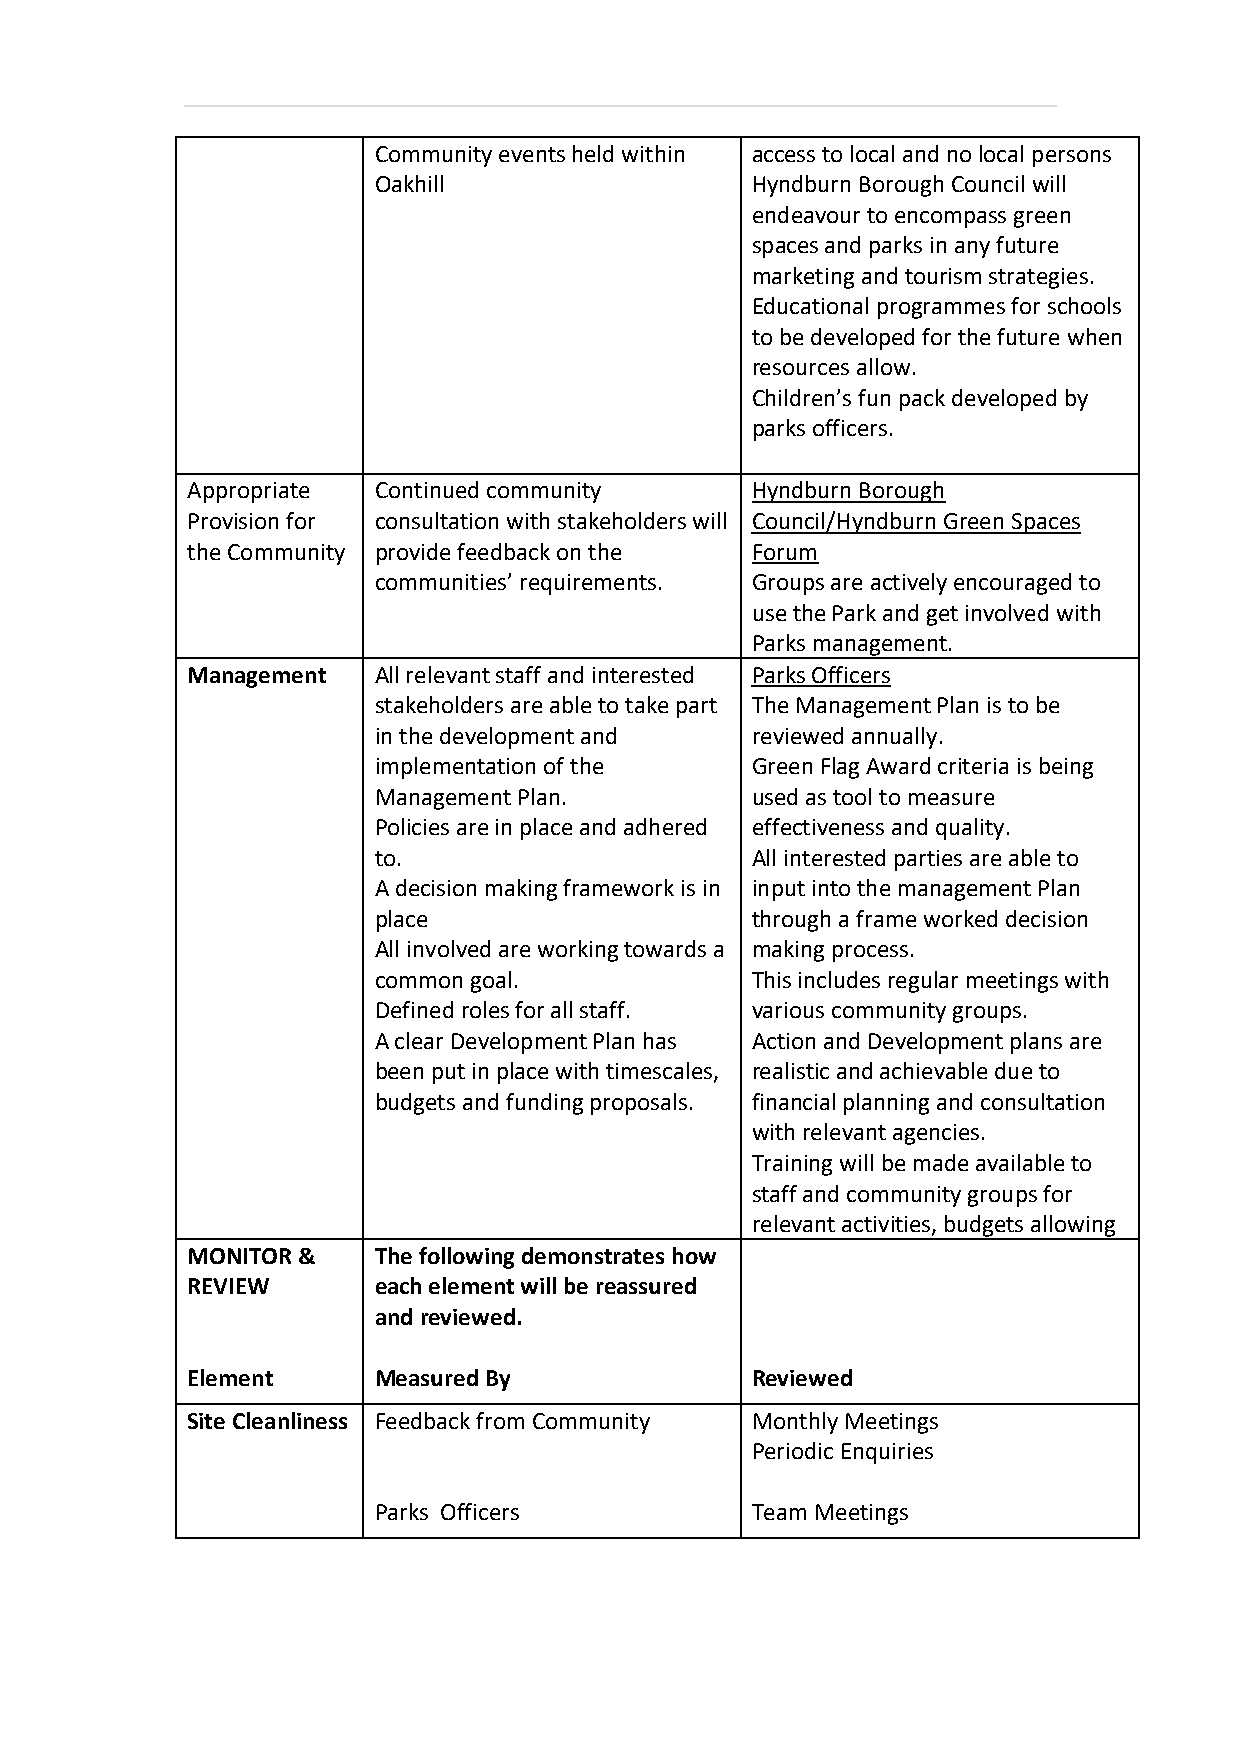
Community events held within access to local and no local persons
 Oakhill                  Hyndburn Borough Council will
 endeavour to encompass green
 spaces and parks in any future
 marketing and tourism strategies.
 Educational programmes for schools
 to be developed for the future when
 resources allow.
 Children’s fun pack developed by
 parks officers.
 Appropriate  Continued community      Hyndburn Borough
 Provision for consultation with stakeholders will Council/Hyndburn Green Spaces
 the Community provide feedback on the Forum
 communities’ requirements. Groups are actively encouraged to
 use the Park and get involved with
 Parks management.
 Management   All relevant staff and interested Parks Officers
 stakeholders are able to take part The Management Plan is to be
 in the development and   reviewed annually.
 implementation of the    Green Flag Award criteria is being
 Management Plan.         used as tool to measure
 Policies are in place and adhered effectiveness and quality.
 to.                      All interested parties are able to
 A decision making framework is in input into the management Plan
 place                    through a frame worked decision
 All involved are working towards a making process.
 common goal.             This includes regular meetings with
 Defined roles for all staff. various community groups.
 A clear Development Plan has Action and Development plans are
 been put in place with timescales, realistic and achievable due to
 budgets and funding proposals. financial planning and consultation
 with relevant agencies.
 Training will be made available to
 staff and community groups for
 relevant activities, budgets allowing
 MONITOR &    The following demonstrates how
 REVIEW       each element will be reassured
 and reviewed.
 Element      Measured By              Reviewed
 Site Cleanliness Feedback from Community Monthly Meetings
 Periodic Enquiries
 Parks Officers           Team Meetings